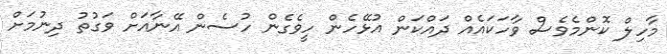
މާހިލް ކޮންމެވެސް ވާހަކައެއް ދައްކަން އުޅޭހެން ހީވެގެން ހުސެން އޭނާއަށް ވަގުތު ދިނުމަށް